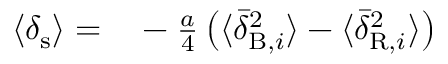
\begin{array} { r l } { \langle \delta _ { \mathrm { s } } \rangle = } & { { } - \frac { a } { 4 } \left( \langle \bar { \delta } _ { \mathrm { B } , i } ^ { 2 } \rangle - \langle \bar { \delta } _ { \mathrm { R } , i } ^ { 2 } \rangle \right) } \end{array}